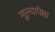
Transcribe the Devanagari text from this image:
मूल्यापेक्षा